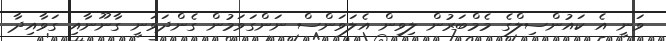
ވަނީ އެ ކައުންސިލްގެ މެމްބަރުން ލިވިން އެލަވަންސް ނަންގަވަމުން ގެންދަވަނީ ގާނޫނާއި ގަވާއިދާ